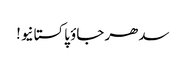
سدھر جاؤ پاکستانیو!